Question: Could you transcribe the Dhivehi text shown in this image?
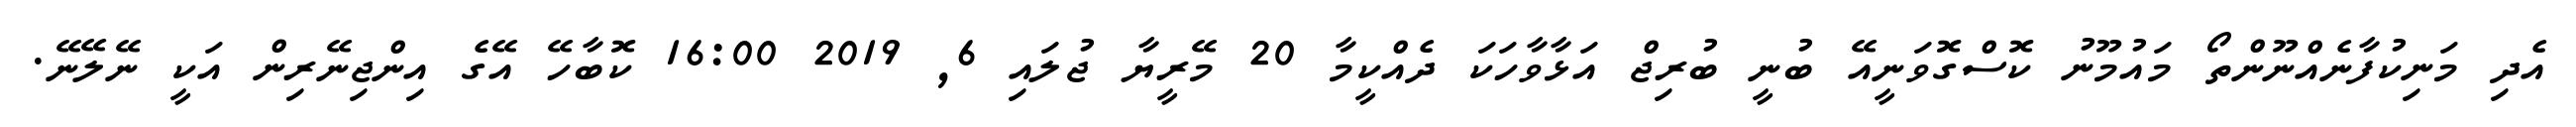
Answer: އެދި މަނިކުފާނެއްނޫންތޯ މައުމޫނު ކޮސްގޮވަނީއޭ ބުނީ ބުރިޖް އަޅާވާހަކަ ދެއްކީމާ 20 މޭރީޔާ ޖުލައި 6, 2019 16:00 ކޮބާހޭ އޭގެ އިންޖިނޭރިން އަކީ ނޭލޭނޭ.